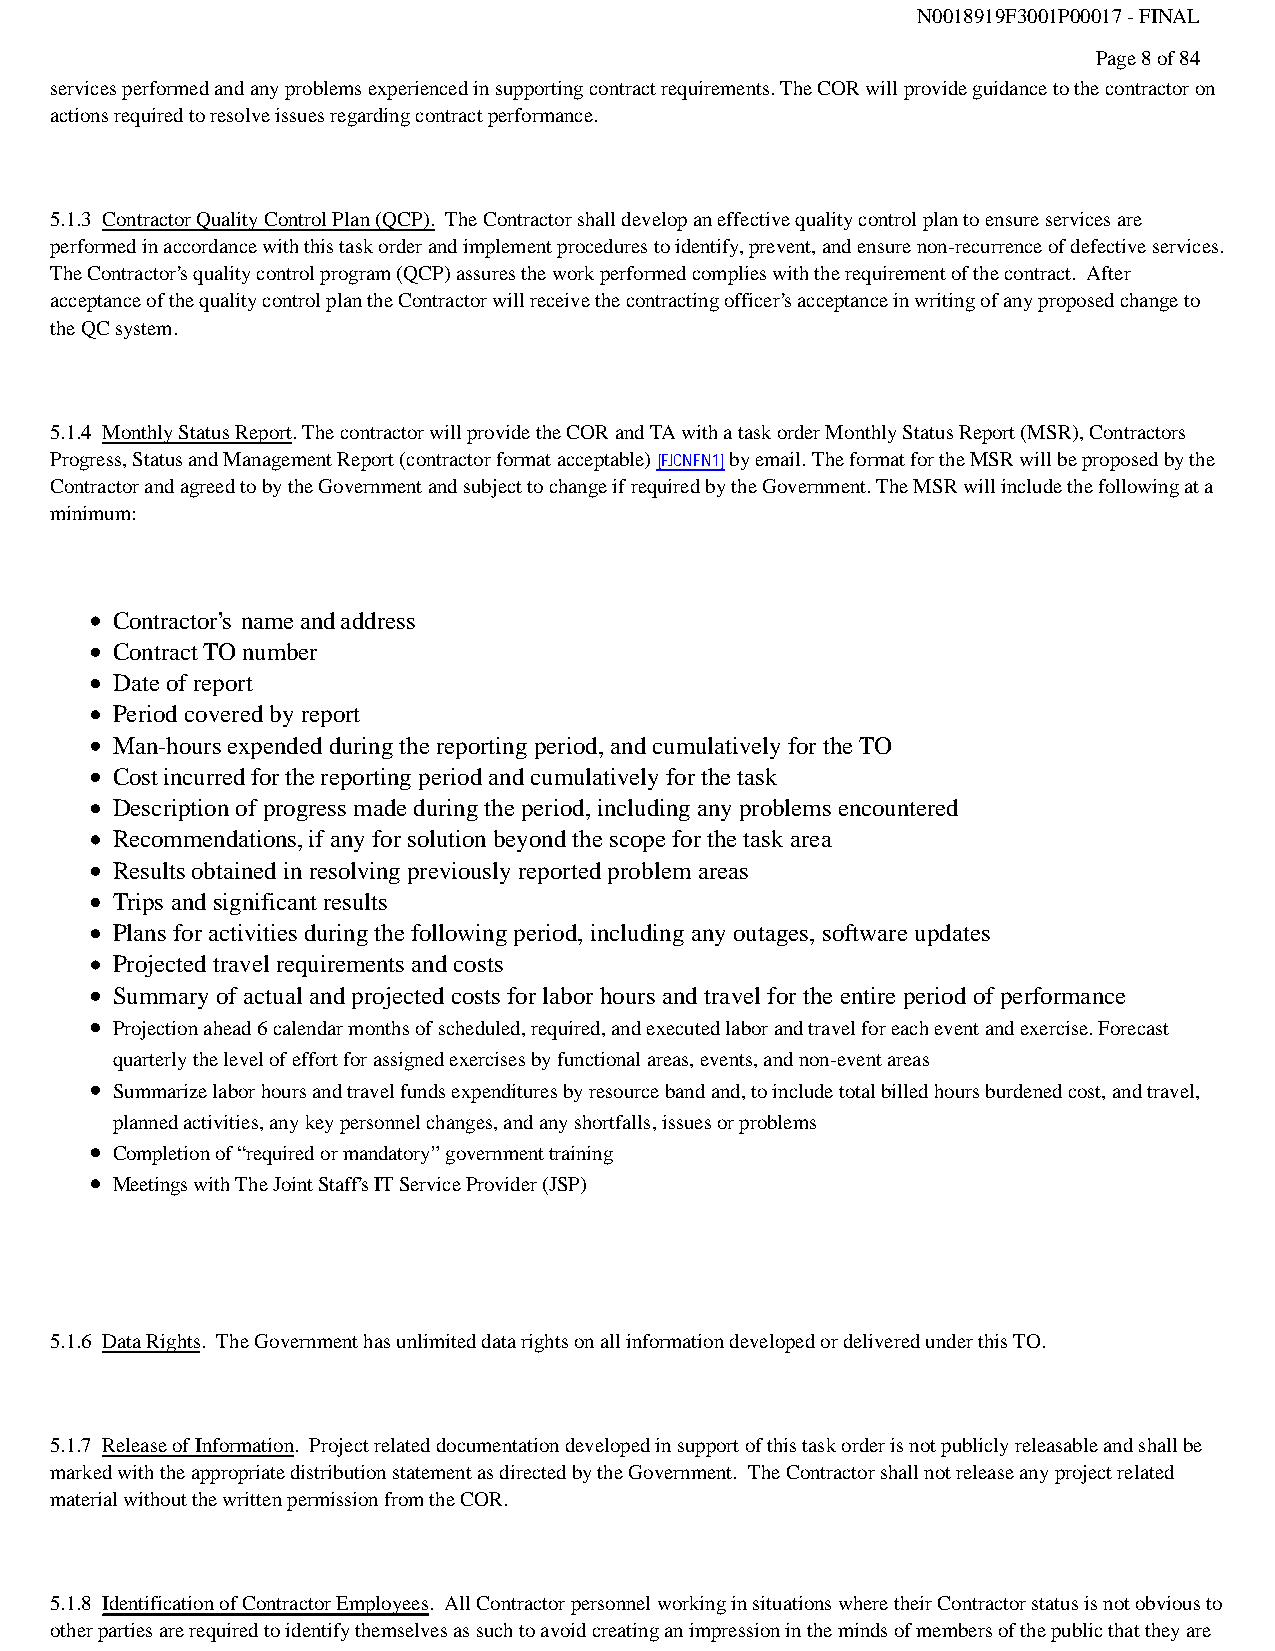
N0018919F3001P00017 - FINAL
 Page 8 of 84
 services performed and any problems experienced in supporting contract requirements. The COR will provide guidance to the contractor on
 actions required to resolve issues regarding contract performance.
 5.1.3 Contractor Quality Control Plan (QCP). The Contractor shall develop an effective quality control plan to ensure services are
 performed in accordance with this task order and implement procedures to identify, prevent, and ensure non-recurrence of defective services.
 The Contractor’s quality control program (QCP) assures the work performed complies with the requirement of the contract. After
 acceptance of the quality control plan the Contractor will receive the contracting officer’s acceptance in writing of any proposed change to
 the QC system.
 5.1.4 Monthly Status Report. The contractor will provide the COR and TA with a task order Monthly Status Report (MSR), Contractors
 Progress, Status and Management Report (contractor format acceptable) [FJCNFN1] by email. The format for the MSR will be proposed by the
 Contractor and agreed to by the Government and subject to change if required by the Government. The MSR will include the following at a
 minimum:
 Contractor’s nameandaddress
 ContractTO number
 Date of report
 Period covered by report
 Man-hoursexpended duringthe reporting period, andcumulativelyforthe TO
 Costincurredforthereporting period andcumulativelyforthe task
 Description of progress madeduringthe period, includinganyproblemsencountered
 Recommendations,if anyforsolutionbeyondthe scope forthe task area
 Resultsobtained in resolvingpreviously reported problem areas
 Trips andsignificantresults
 Plans foractivitiesduringthefollowing period, including any outages, software updates
 Projected travelrequirementsand costs
 Summary of actual and projected costs for labor hours and travel for the entire period of performance
 Projection ahead 6 calendar months of scheduled, required, and executed labor and travel for each event and exercise. Forecast
 quarterly the level of effort for assigned exercises by functional areas, events, and non-event areas
 Summarize labor hours and travel funds expenditures by resource band and, to include total billed hours burdened cost, and travel,
 planned activities, any key personnel changes, and any shortfalls, issues or problems
 Completion of “required or mandatory”governmenttraining
 Meetings with The Joint Staff’s IT Service Provider (JSP)
 5.1.6 Data Rights. The Government has unlimited data rights on all information developed or delivered under this TO.
 5.1.7 Release of Information. Project related documentation developed in support of this task order is not publicly releasable and shall be
 marked with the appropriate distribution statement as directed by the Government. The Contractor shall not release any project related
 material without the written permission from the COR.
 5.1.8 Identification of Contractor Employees. All Contractor personnel working in situations where their Contractor status is not obvious to
 other parties are required to identify themselves as such to avoid creating an impression in the minds of members of the public that they are